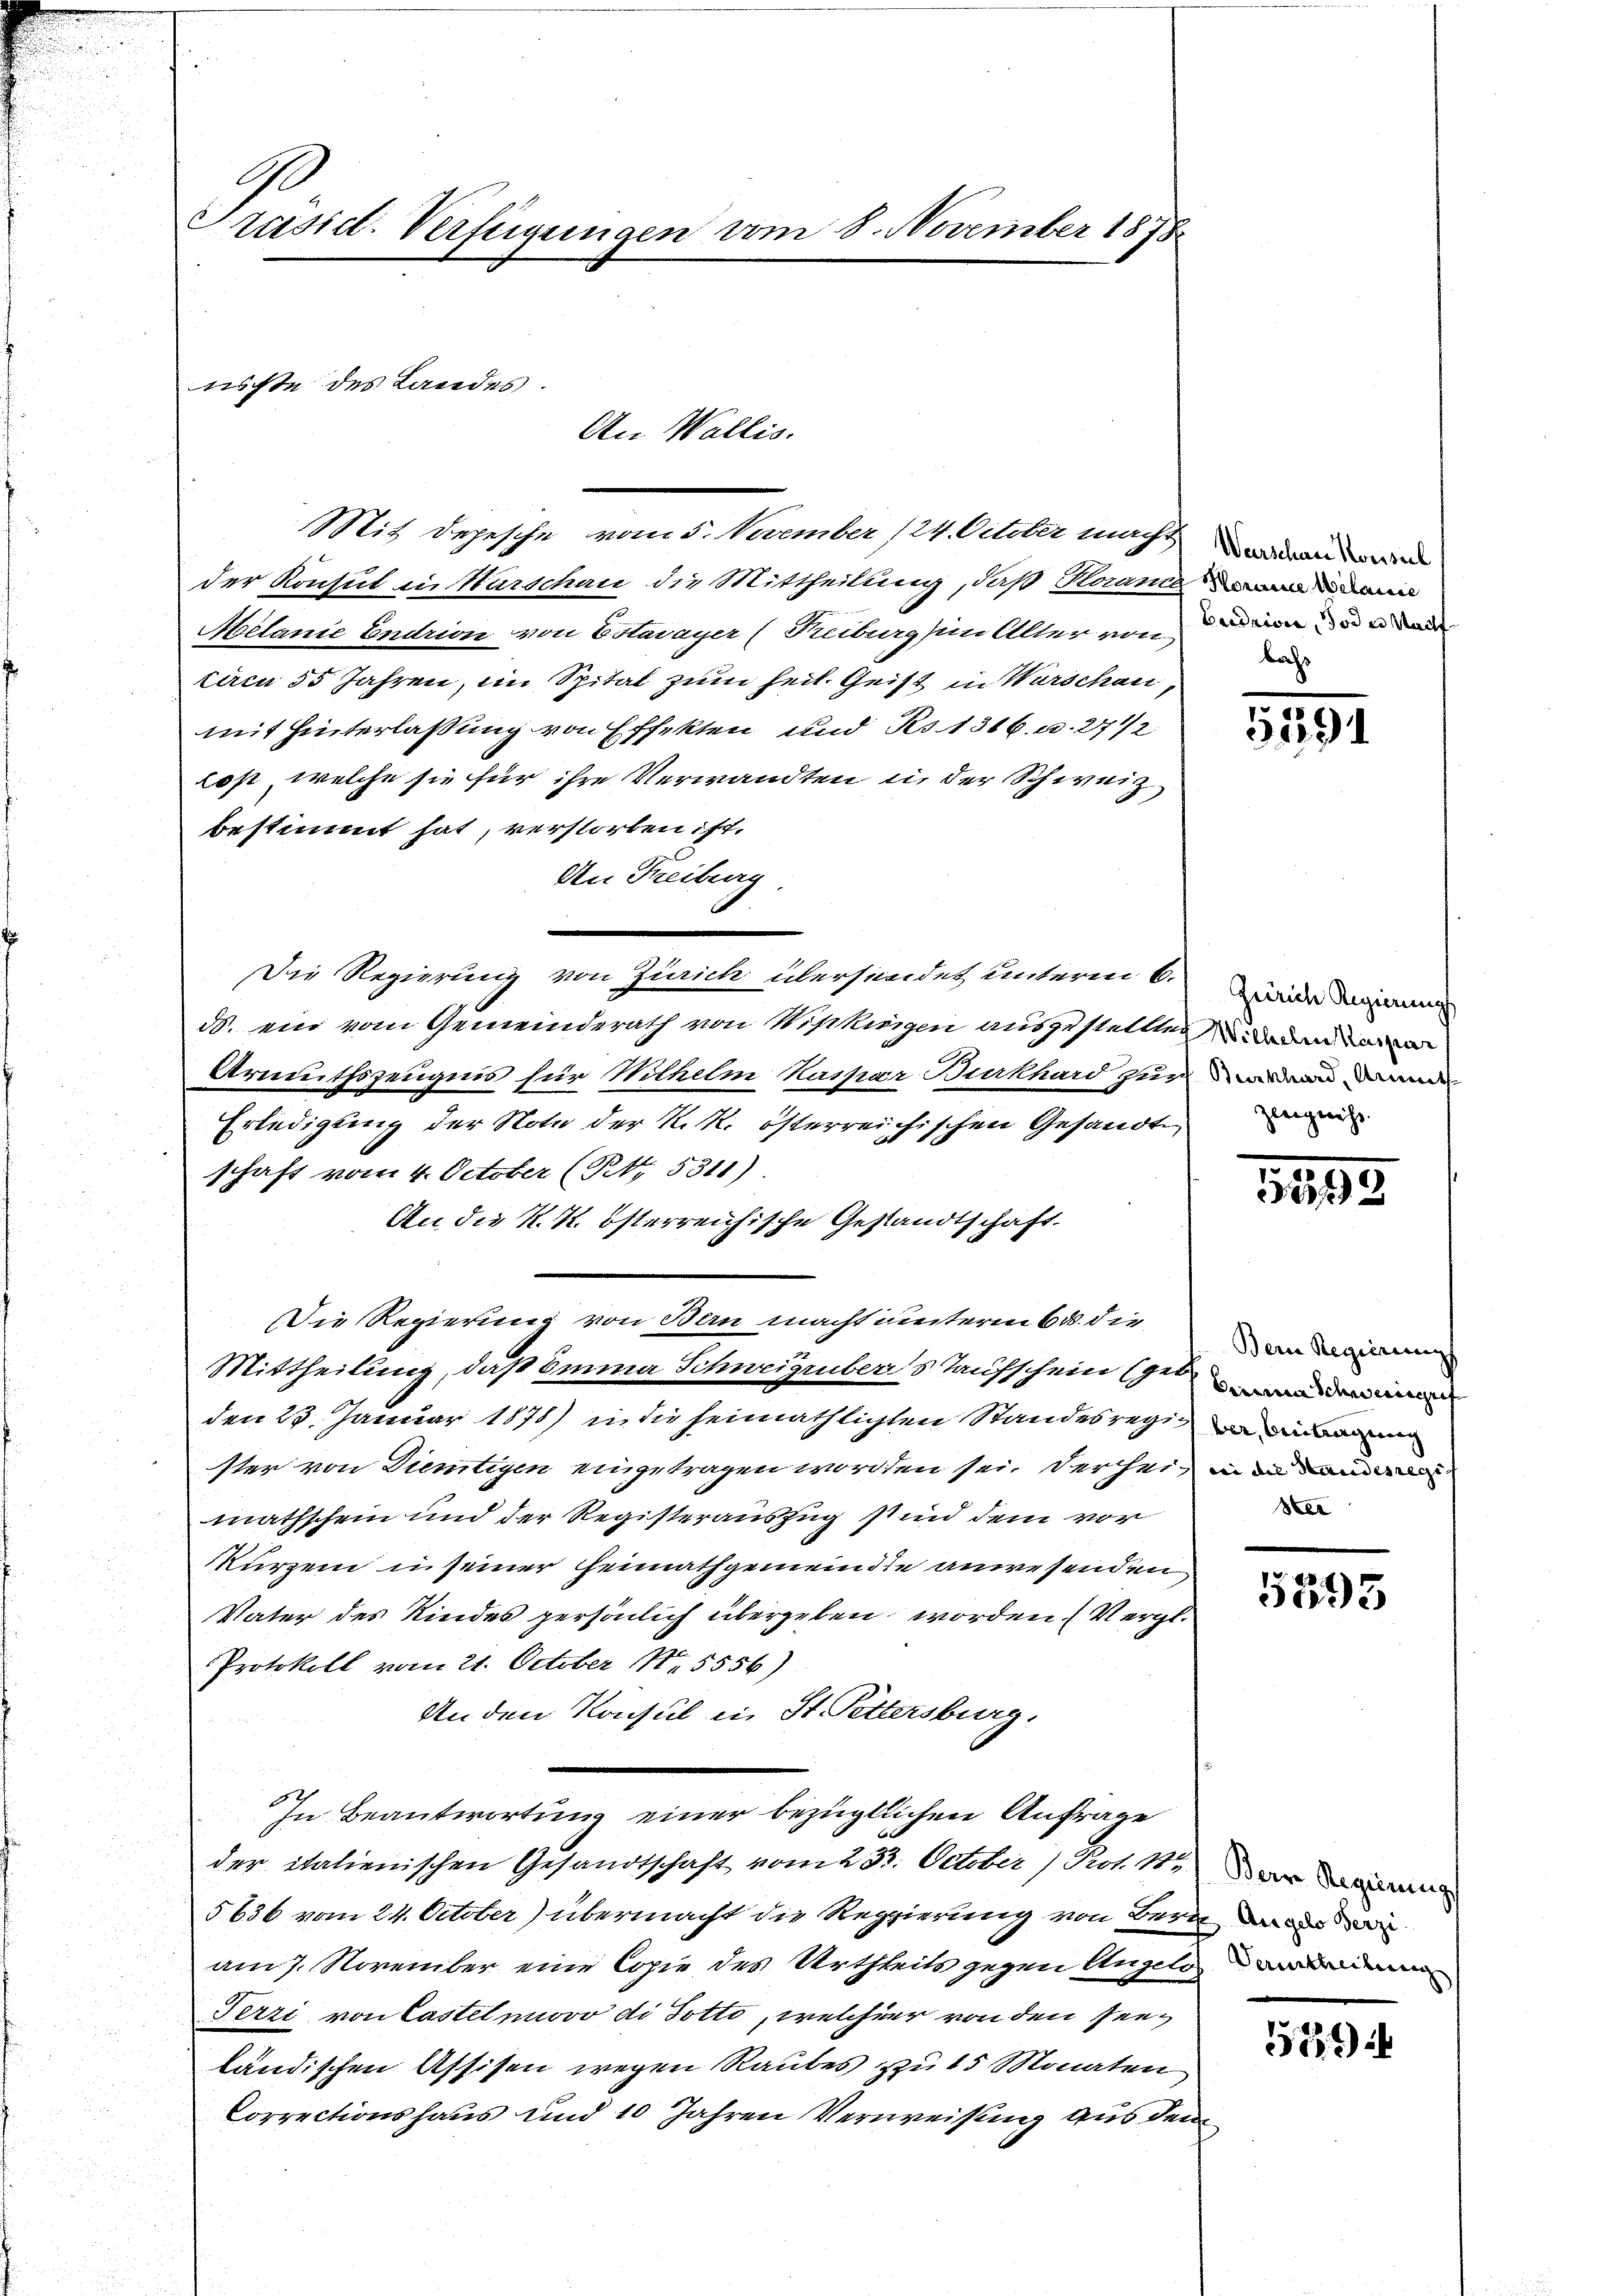
A
Präsid. Verfügungen vom 8. November 1878

Mit Depesche vom 5. November 124. October macht an de
der Konsul in Warschau die Mittheilung, daß Horanten
Mélanie Endrion von Estavayer (Reiburg in Aller von eine er di
tiren 55 Jahren, im Spital zum heit. Geist in Warschen,
mit Hinterlassung von Effekten und No 1316. u. 271/2
los, welche sie für ihre Verwandten in der Schweiz
bestimmt hat, verstorben ist,
An Freiburg
Die Regierung von Zürich übersendet unterm 6. Zweide Regierung
N. ein vom Gemeinderath von Wipkingen auszustellten
Armuthszeugnis für Wilhelm Kaspar Burkhard zur wenn de
Erledigung der Note der N. K. österreichischen Gesandte
schaft vom 4. October (Tit. 5311).
An die K. k. österreichische Gestandtschaft.
Die Regierung von Bern macht unterm 6. die
Mittheilung, daß omina Schweizenbergs Taufschein get
den 23. Januar 1878 in die heimathlichten Standesregister von Diemtigen eingetragen worden sei, der hei in dam
mathschein und der Registerauszug sind dem vor
Kurzem in seiner Heimathgemeinde anwesenden
Vater des Kindes persönlich übergeben worden Vergl.
Protokoll vom 21. October 185556)
An den Konsul in St. Pettersburg.
In Beantwortung einer bezüglichen Anfrage
der italienischen Gesandtschaft vom 23. October) Prot. 18
§ 636 vom 24. October) übermacht die Regierung von Bern
am 7. November eine Copie des Urtheils gegen Angelo
Terri von Castel nuovo di dotto, welcher von den Verländischen Assisen wegen Raubes zu 15 Monaten
Correctionshaus und 10 Jahren Verweisung aus dem

niße des Landes.

An Wallis.

bas

559

1893

Bern Regierung
Ster

5595

Berr Regierung

1221)